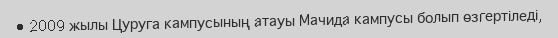
• 2009 жылы Цуруга кампусының атауы Мачида кампусы болып өзгертіледі,